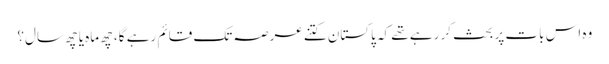
وہ اس بات پر بحث کر رہے تھے کہ پاکستان کتنے عرصہ تک قائم رہے گا، چھ ماہ یا چھ سال؟